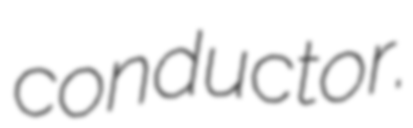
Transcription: conductor.